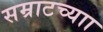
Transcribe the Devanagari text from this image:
सम्राटच्याा